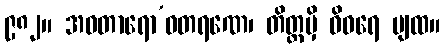
၉၈၂။ အဝတာရော’ဝတရဏေ၊ တိတ္ထမှိ ဝိဝရေ ပျထ။